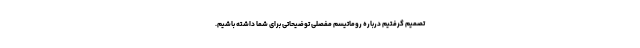
تصمیم گرفتیم درباره روماتیسم مفصلی توضیحاتی برای شما داشته باشیم.